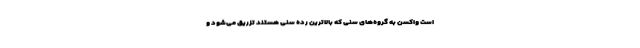
است واکسن به گروه‌های سنی که بالاترین رده سنی هستند تزریق می‌شود و